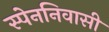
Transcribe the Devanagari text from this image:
स्पेननिवासी